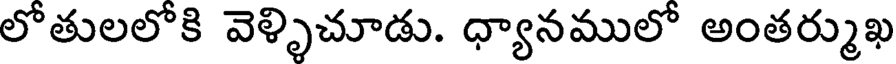
లోతులలోకి వెళ్ళిచూడు. ధ్యానములో అంతర్ముఖ